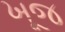
ખૂજ